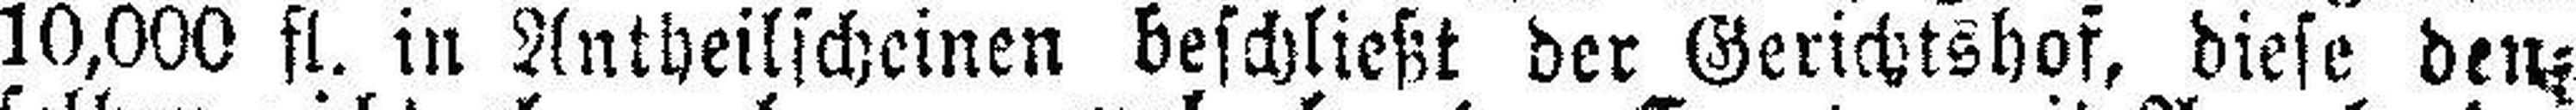
10,000 fl. in Antheilscheinen beschließt der Gerichtshof, diese den¬